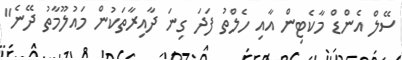
ސޭލް އެންޑް މާކެޓިން އާއި ހެލްތު ފަދަ ގިނަ ދާއިރާތަކުން މައުލޫމާތު ދޭނެ"